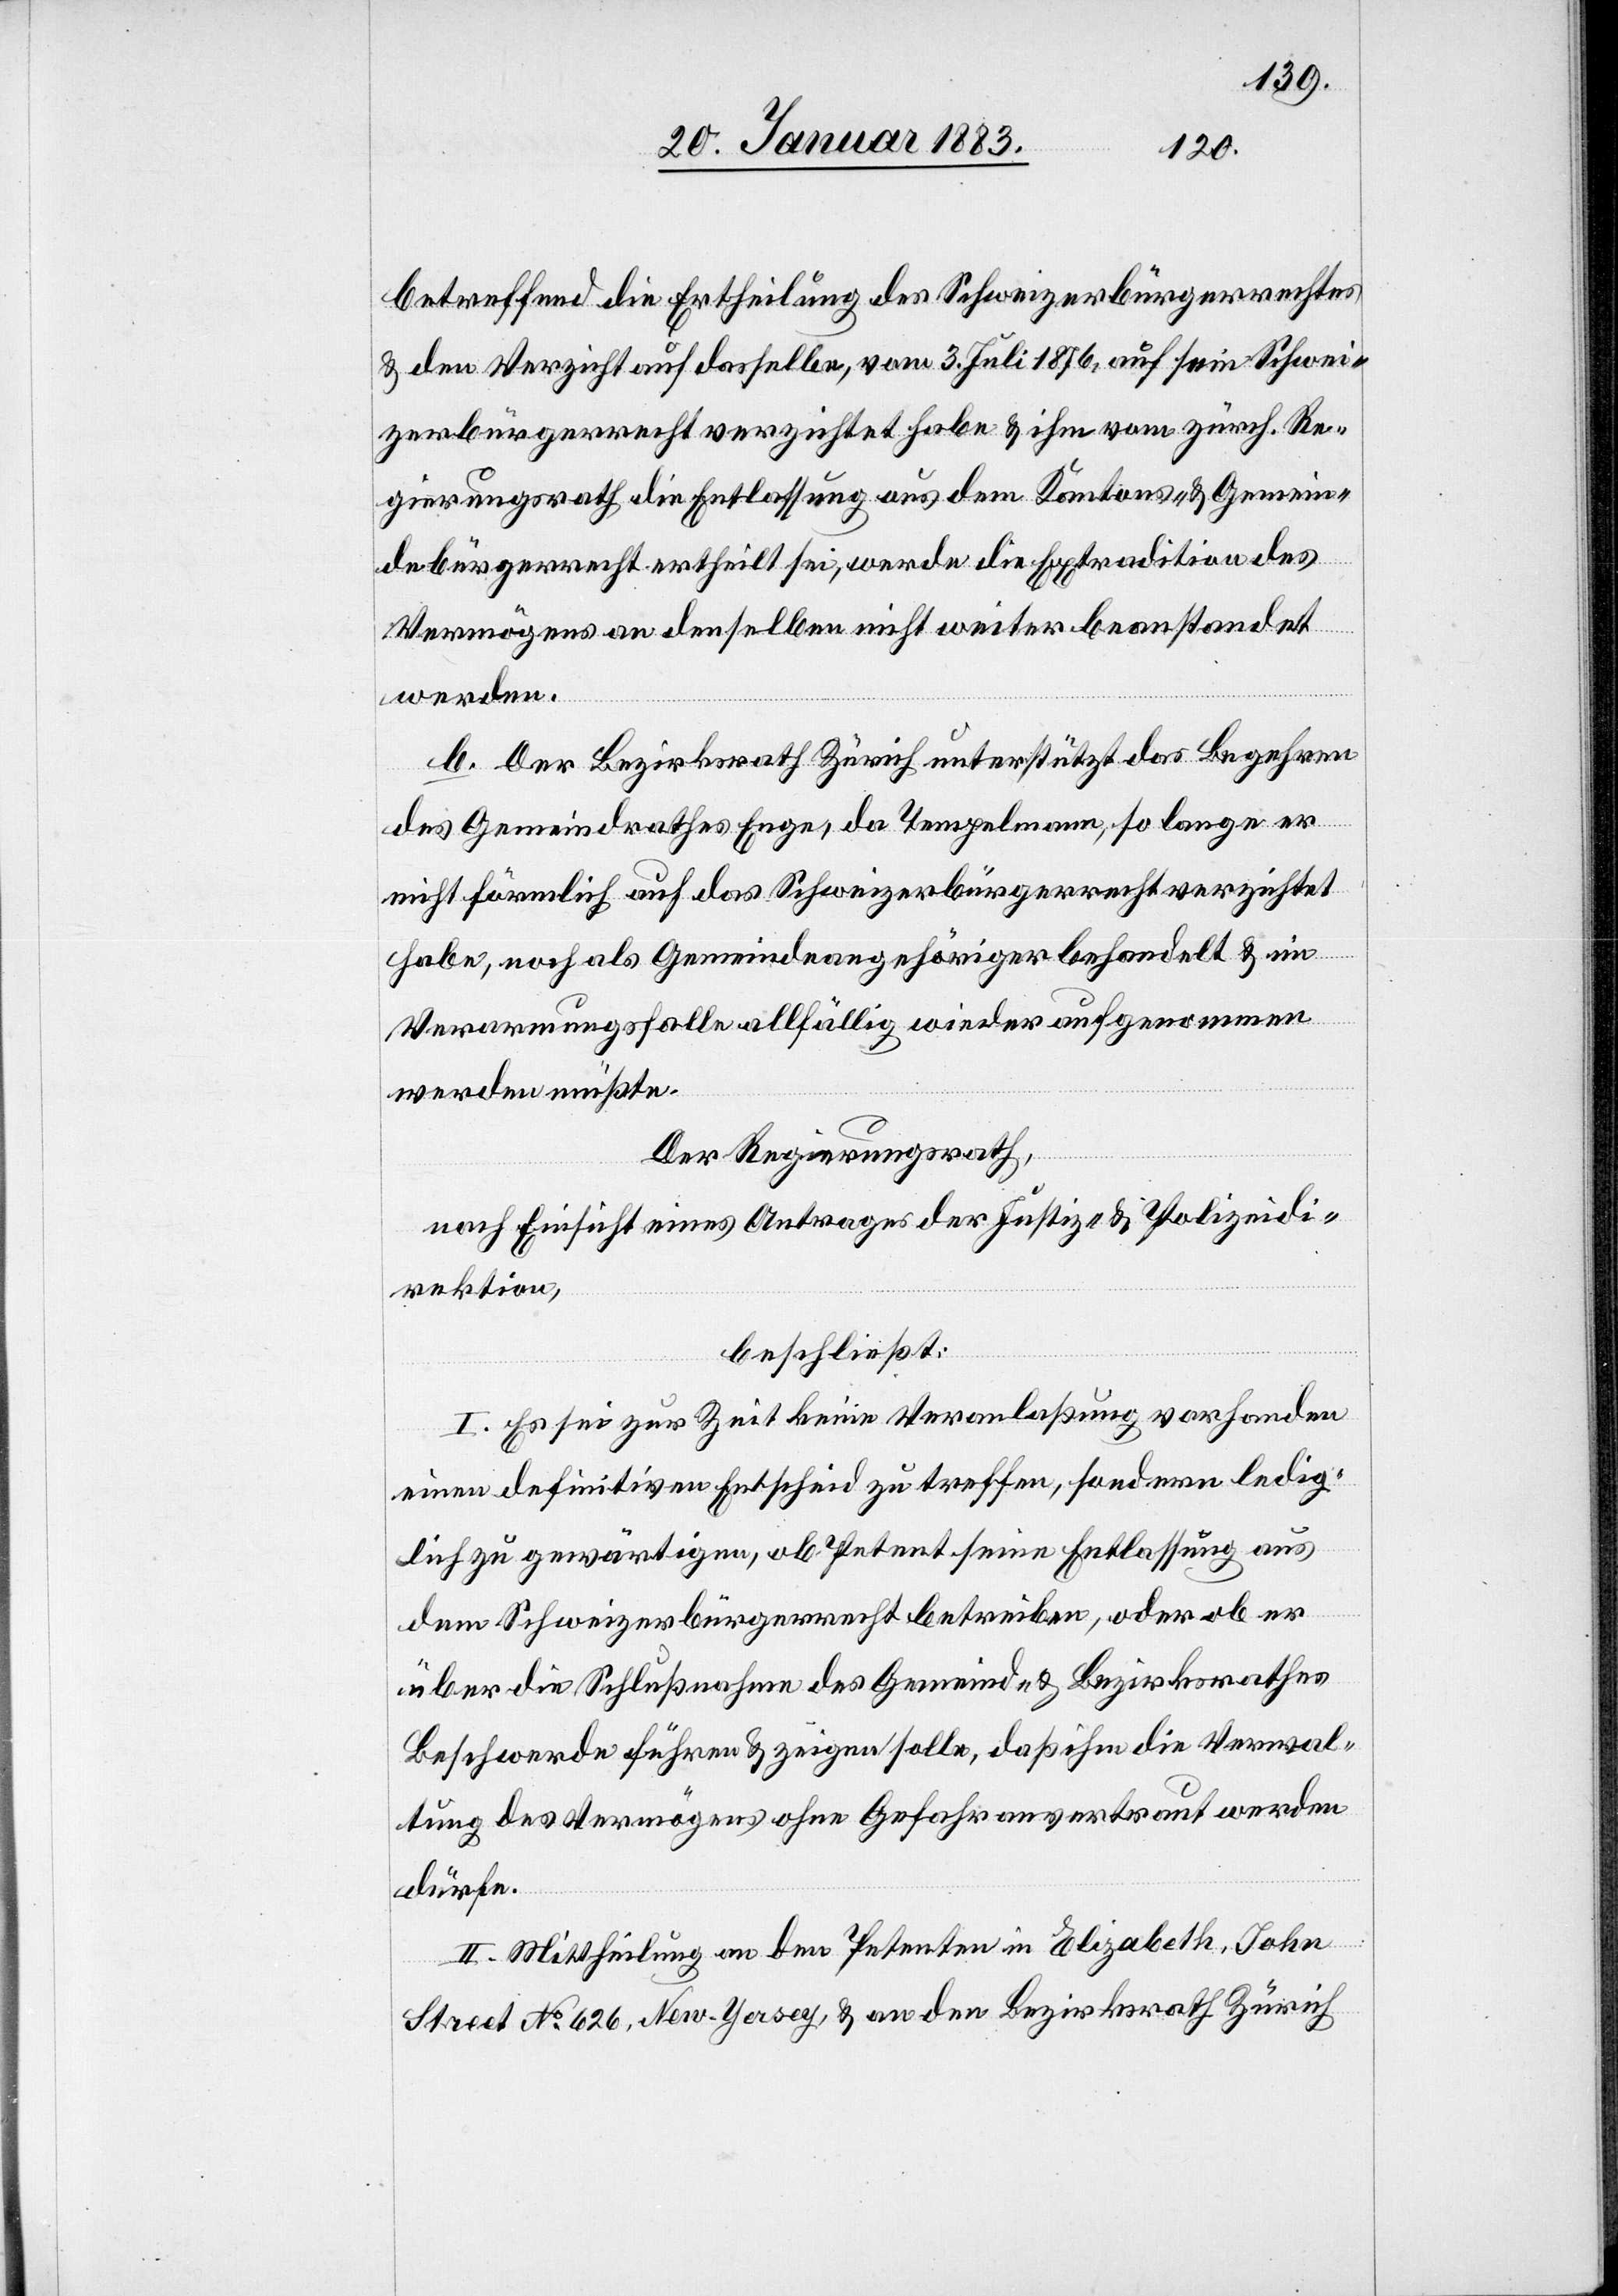
betreffend die Ertheilung des Schweizerbürgerrechtes
& den Verzicht auf dasselbe, vom 3. Juli 1876, auf sein Schwei¬
zerbürgerrecht verzichtet habe & ihm vom zürch. Re¬
gierungsrath die Entlassung aus dem Kantons- & Gemein¬
debürgerrecht ertheilt sei, werde die Extradition des
Vermögens an denselben nicht weiter beanstandet
werden.
b. Der Bezirksrath Zürich unterstützt das Begehren
des Gemeindrathes Enge, da Tempelmann, so lange er
nicht förmlich auf das Schweizerbürgerrecht verzichtet
habe, noch als Gemeindeangehöriger behandelt & im
Verarmungsfalle allfällig wieder aufgenommen
werden müßte.
Der Regierungsrath,
nach Einsicht eines Antrages der Justiz- & Polizeidi¬
rektion,
beschließt:
I. Es sei zur Zeit keine Veranlaßung vorhanden
einen definitiven Entscheid zu treffen, sondern ledig¬
lich zu gewärtigen, ob Petent seine Entlassung aus
dem Schweizerbürgerrecht betreiben, oder ob er
über die Schlußnahme des Gemeind- & Bezirksrathes
Beschwerde führen & zeigen solle, daß ihm die Verwal¬
tung des Vermögens ohne Gefahr anvertraut werden
dürfe.
II. Mittheilung an den Petenten in Elizabeth, John
Street No 626, New-Jersey, & an den Bezirksrath Zürich